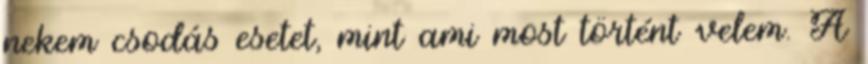
nekem csodás esetet, mint ami most történt velem. A